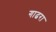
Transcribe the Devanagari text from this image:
गाढरा